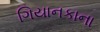
ગિયાનકાના